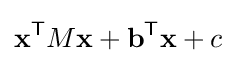
\mathbf {x} ^{\mathsf {T}}M\mathbf {x} +\mathbf {b} ^{\mathsf {T}}\mathbf {x} +c